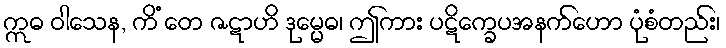
ဣဓ ဝါသေန, ကိံ တေ ဇဋာဟိ ဒုမ္မေဓ၊ ဤကား ပဋိက္ခေပအနက်ဟော ပုံစံတည်း၊